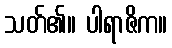
သတ်၏။ ပါရာဇိက။